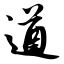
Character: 遒